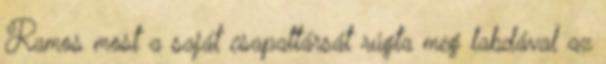
Ramos most a saját csapattársát rúgta meg labdával az